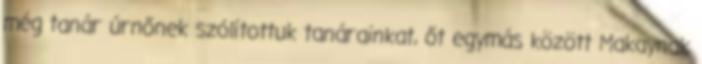
még tanár úrnőnek szólítottuk tanárainkat, őt egymás között Makaynak